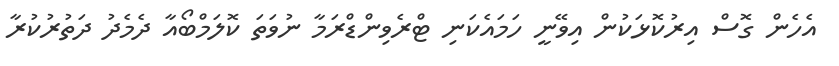
އެހެން ގޮސް އިރުކޮޅަކުން އިވޭނީ ހަމައެކަނި ޓްރެވިންޑްރަމާ ނުވަތަ ކޮލަމްބޯއާ ދެމެދު ދަތުރުކުރާ